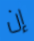
إن